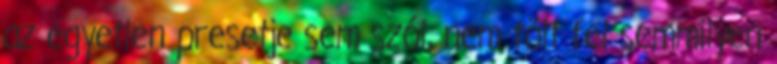
az egyetlen presetje sem szól, nem tölt fel semmilyen